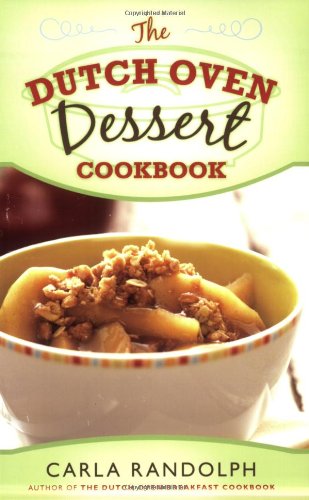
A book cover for The Dutch Oven Dessert Cookbook; Carla Randolph; Cookbooks, Food & Wine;